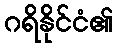
ဂရိနိုင်ငံ၏